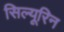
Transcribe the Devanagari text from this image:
सिल्यूरिन